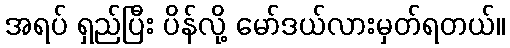
အရပ် ရှည်ပြီး ပိန်လို့ မော်ဒယ်လားမှတ်ရတယ်။